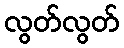
လွတ်လွတ်